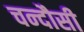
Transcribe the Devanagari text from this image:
चन्‍दौसी